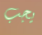
يجب